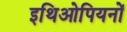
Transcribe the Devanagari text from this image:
इथिओपियनों